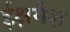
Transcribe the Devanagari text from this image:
ईक्षमैश